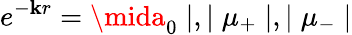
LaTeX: e^{-\mathbf{k}r}=\mida_{0}\mid,\mid\mu_{+}\mid,\mid\mu_{-}\mid